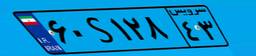
۲۱S۸۳۲۱۸